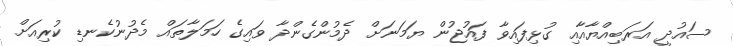
ސައުދީ އަރަބިއްޔާއާއި ގުޅިފައިވާ ފައުޖުން ޔަމަނަށް ދެމުންގެންދާ ވައިގެ ހަމަލާތައް މެދުނުކެނޑި ކުރިއަށް